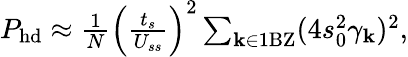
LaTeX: \begin{array}{r}{P_{\mathrm{hd}}\approx\frac{1}{N}\left(\frac{t_{s}}{U_{ss}}\right)^{2}\sum_{{\mathbf k}\in\mathrm{1BZ}}(4s_{0}^{2}\gamma_{\mathbf k})^{2},}\end{array}